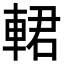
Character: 輑